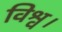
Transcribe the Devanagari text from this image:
विश्व।